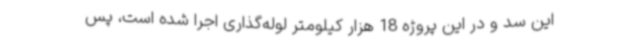
این سد و در این پروژه 18 هزار کیلومتر لوله‌گذاری اجرا شده است، پس